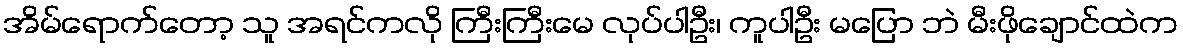
အိမ်ရောက်တော့ သူ အရင်ကလို ကြီးကြီးမေ လုပ်ပါဦး၊ ကူပါဦး မပြော ဘဲ မီးဖိုချောင်ထဲက